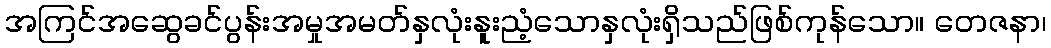
အကြင်အဆွေခင်ပွန်းအမှုအမတ်နှလုံးနူးညံ့သောနှလုံးရှိသည်ဖြစ်ကုန်သော။ တေဇနာ၊